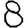
Digit: 8